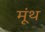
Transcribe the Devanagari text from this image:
मूंथ